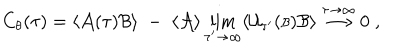
LaTeX: C _ { \theta } ( \tau ) = \langle { \cal A } ( \tau ) { \cal B } \rangle \; - \; \langle { \cal A } \rangle \lim _ { \tau ^ { \prime } \rightarrow \infty } \langle { \cal U } _ { \tau ^ { \prime } } ( { \scriptstyle { \cal B } } ) { \cal B } \rangle \stackrel { \tau \rightarrow \infty } { \longrightarrow } 0 \; ,